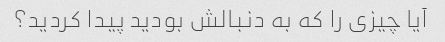
آیا چیزی را که به دنبالش بودید پیدا کردید؟